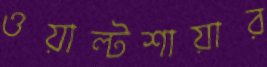
ওয়াল্টশায়ার